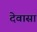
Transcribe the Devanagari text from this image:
देवासा